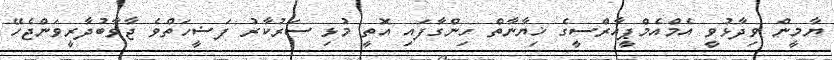
ޔާމީން ވިދާޅުވީ އެމްއެމްޕީއާރްސީގެ ޚިޔާނާތް ހިންގާފައި އޮތީ މުޅި ސަރުކާރު ފަޟީހަތްވެ ޖާވާބުދާރީވަންޖެހޭ